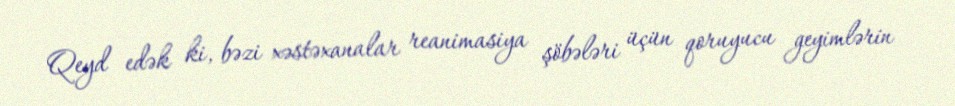
Qeyd edək ki, bəzi xəstəxanalar reanimasiya şöbələri üçün qoruyucu geyimlərin